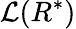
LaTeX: \mathcal{L}(R^{*})